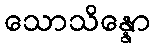
သောသိန္နော